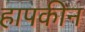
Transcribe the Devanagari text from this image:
हापकीन